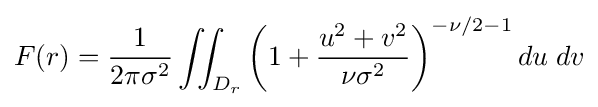
F(r)={1 \over {2\pi \sigma ^{2}}}\iint _{D_{r}}\left(1+{u^{2}+v^{2} \over {\nu \sigma ^{2}}}\right)^{-\nu /2-1}du\;dv